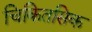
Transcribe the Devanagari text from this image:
चिकितसिक